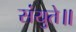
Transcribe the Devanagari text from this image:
संयुते॥